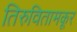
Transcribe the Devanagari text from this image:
तिरुवितामकूर